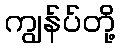
ကျွန်ပ်တို့